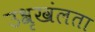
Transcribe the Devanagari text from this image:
उश्रृखंलता